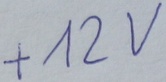
Text: +12v